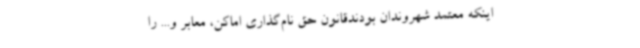
اینکه معتمد شهروندان بودندقانون حق نام‌گذاری اماکن، معابر و... را